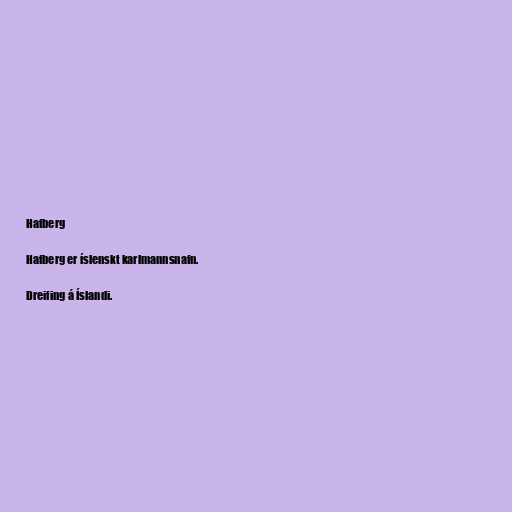
Hafberg

Hafberg er íslenskt karlmannsnafn.

Dreifing á Íslandi.